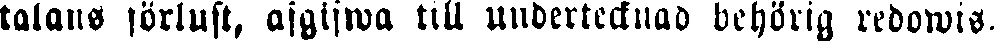
talans förlust, afgiwfwa till undertecknad behörig redowis-